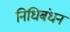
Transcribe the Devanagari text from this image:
निधिबंधन